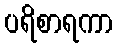
ပရိစာရကာ